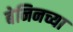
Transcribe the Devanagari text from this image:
बेनिनच्या